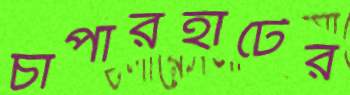
চাপারহাটের